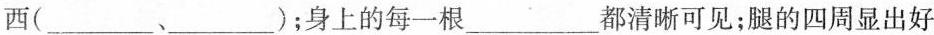
西(___、___)；身上的每一根___都清晰可见；腿的四周显出好